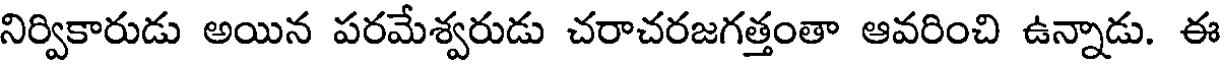
నిర్వికారుడు అయిన పరమేశ్వరుడు చరాచరజగత్తంతా ఆవరించి ఉన్నాడు. ఈ